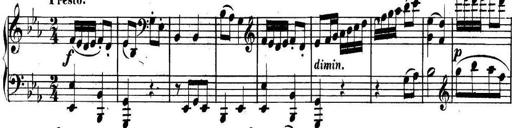
Title: Collected Piano Sonatas
Composer: Muzio Clementi